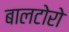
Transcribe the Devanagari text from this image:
बालटोरो